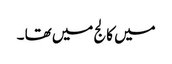
میں کالج میں تھا ۔